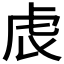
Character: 𧆝